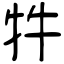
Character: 牪